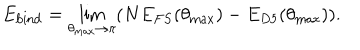
E _ { \mathrm { b i n d } } = \lim _ { \theta _ { \mathrm { m a x } } \rightarrow \pi } ( N E _ { F S } ( \theta _ { \mathrm { m a x } } ) - E _ { D 5 } ( \theta _ { \mathrm { m a x } } ) ) .